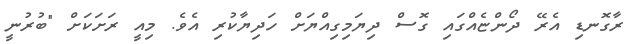
ރާގޮނޑި އެރޭ ދޯންޏެއްގައި ގޮސް ދިޔަމިގިއްޔަށް ހަދިޔާކުރި އެވެ. މިއީ ރަށަކަށް "ބުރުނީ